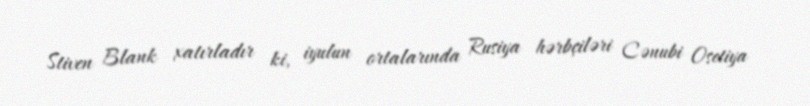
Stiven Blank xatırladır ki, iyulun ortalarında Rusiya hərbçiləri Cənubi Osetiya